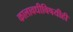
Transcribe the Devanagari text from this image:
कालावधीविषयीही